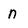
Character: n